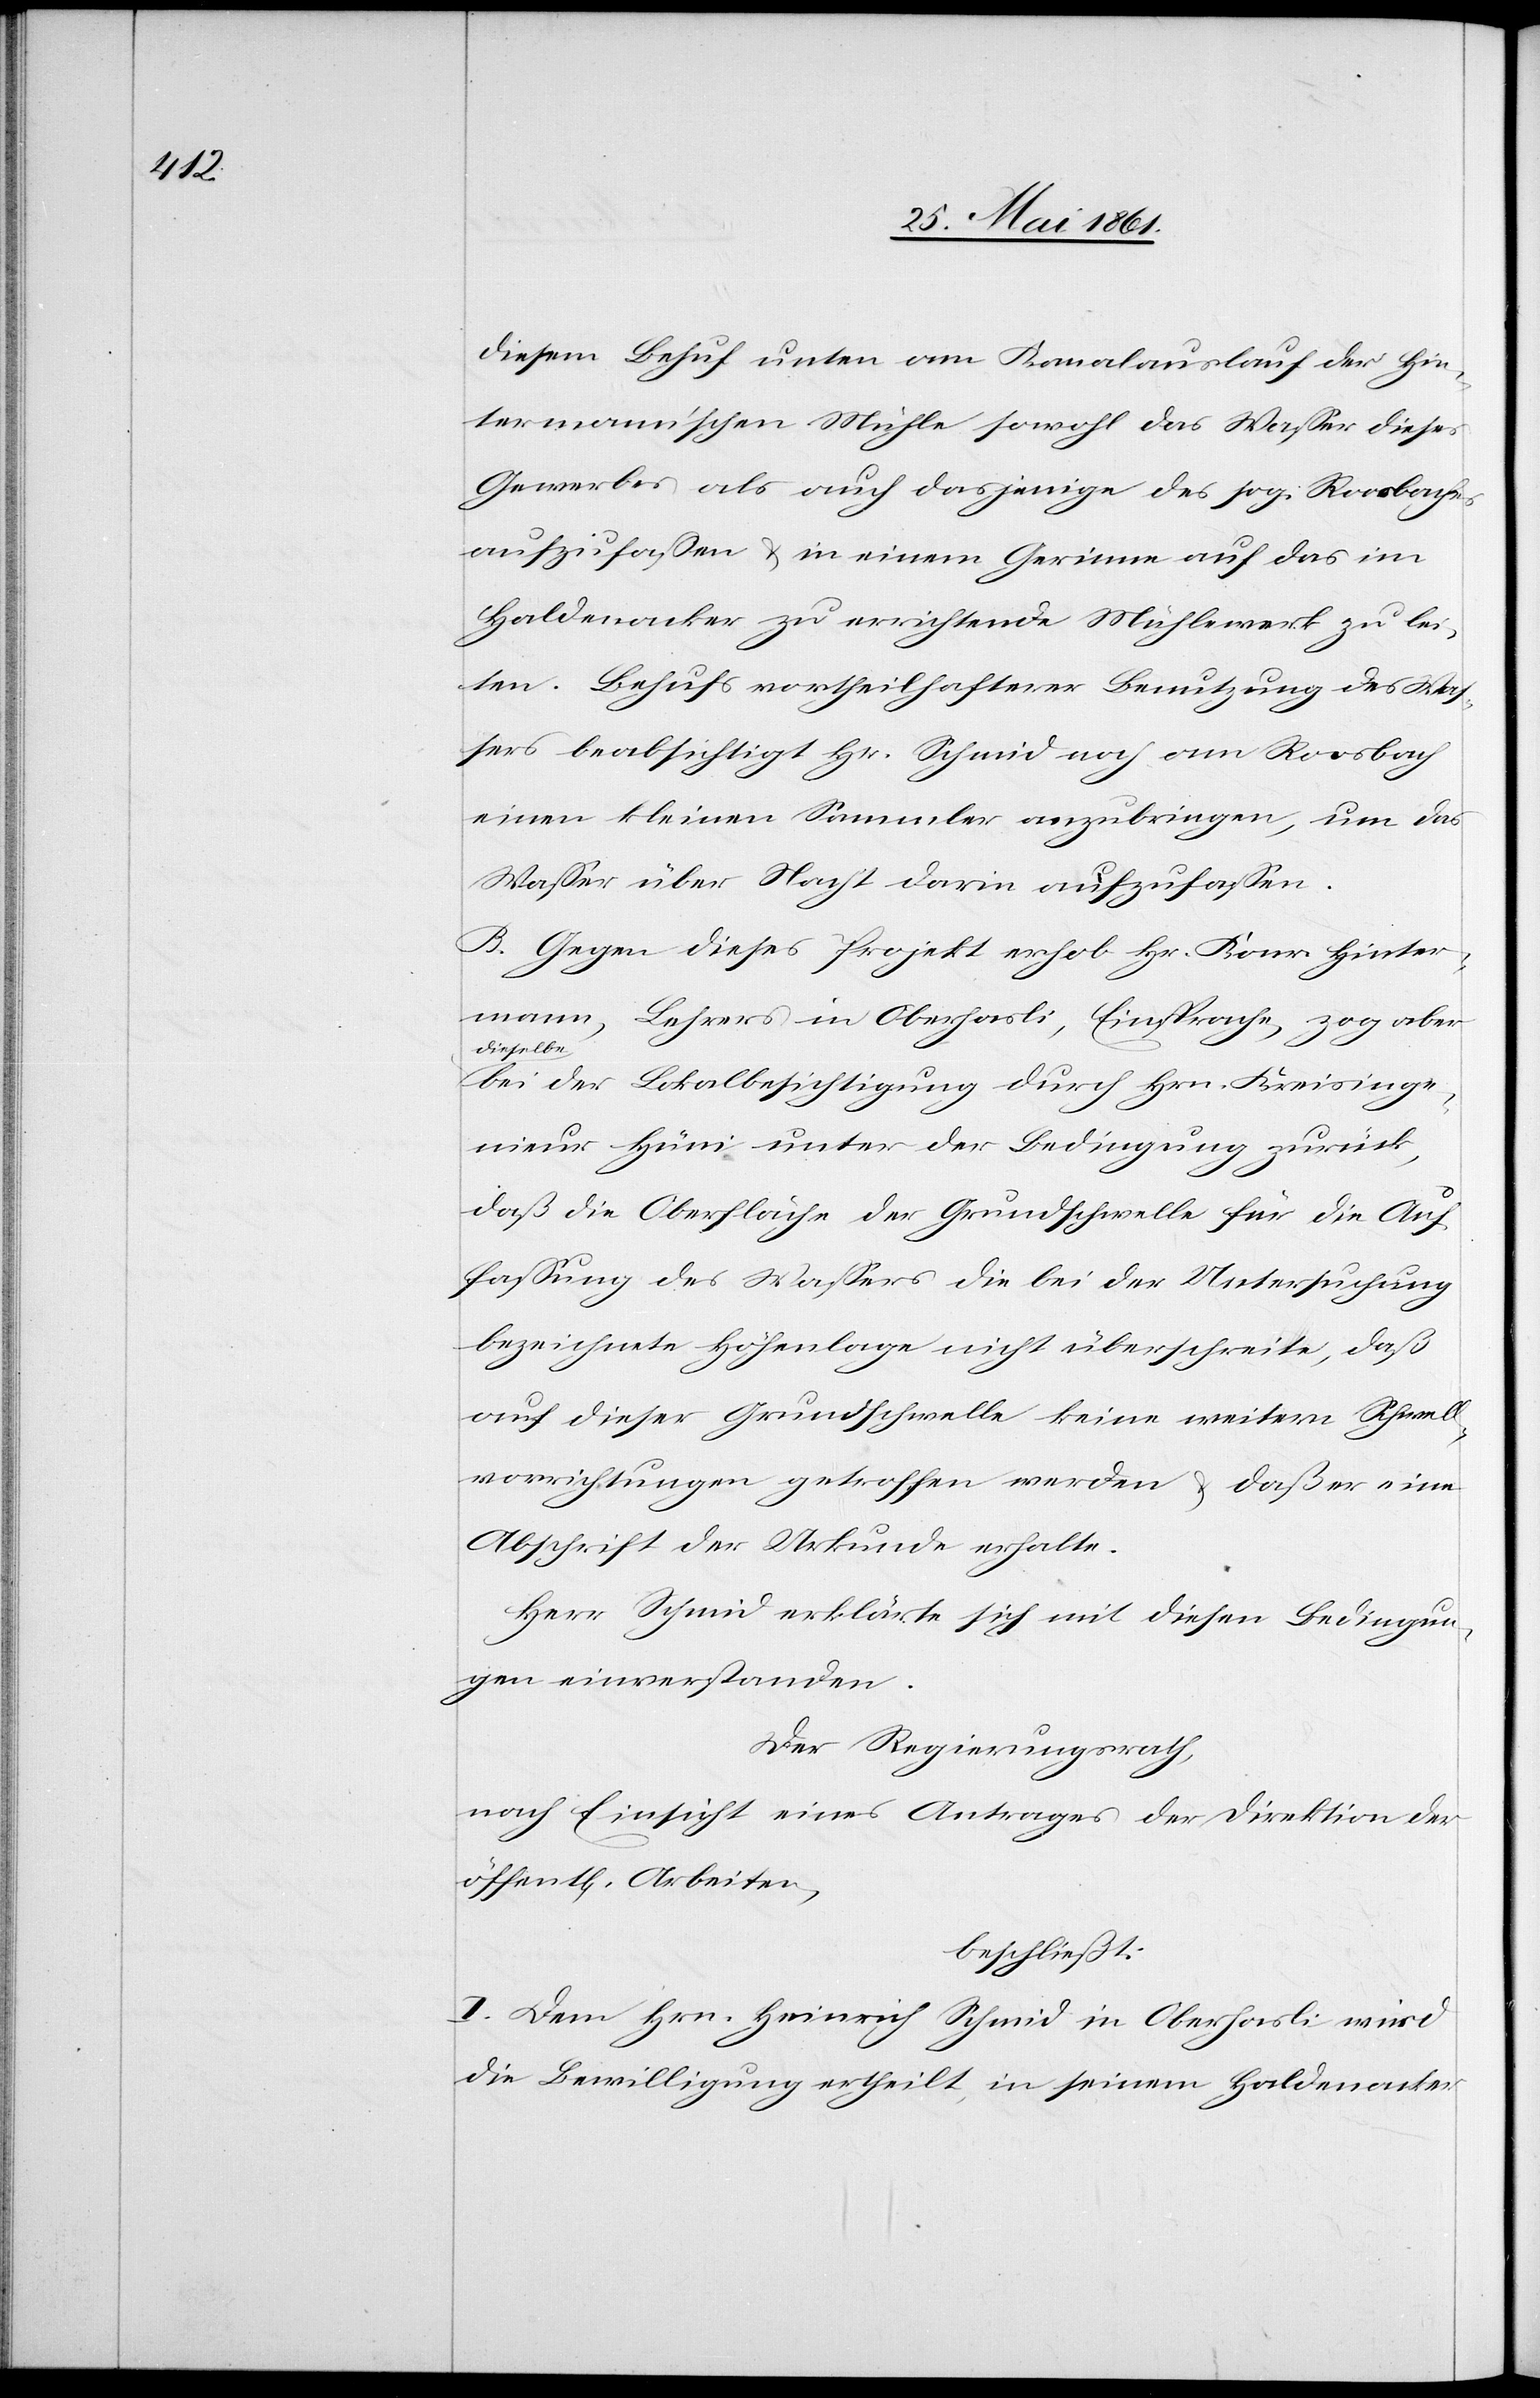
diesem Behuf unten am Kanalauslauf der Hin¬
termann’schen Mühle sowohl das Wasser dieses
Gewerbes als auch dasjenige des sog. Roosbaches
aufzufassen u. in einem Gerinne auf das im
Haldenacker zu errichtende Mühlewerk zu lei¬
ten. Behufs vortheilhafterer Benutzung des Was¬
sers beabsichtigt Hr. Schmid noch am Roosbach
einen kleinen Sammler anzubringen, um das
Wasser über Nacht darin aufzufassen.
B. Gegen dieses Projekt erhob Hr. Konr. Hinter¬
mann, Lehrers in Oberhasli, Einsprache, zog aber
dieselbe
bei der Lokalbesichtigung durch Hrn. Kreisinge¬
nieur Hüni unter der Bedingung zurück,
daß die Oberfläche der Grundschwelle für die Auf¬
fassung des Wassers die bei der Untersuchung
bezeichnete Höhenlage nicht überschreite, daß
auf dieser Grundschwelle keine weitern Schwell¬
vorrichtungen getroffen werden u. daß er eine
Abschrift der Urkunde erhalte.
Herr Schmid erklärte sich mit diesen Bedingun¬
gen einverstanden.
Der Regierungsrath,
nach Einsicht eines Antrages der Direktion der
beschließt:
I. Dem Hrn. Heinrich Schmid in Oberhasli wird
die Bewilligung ertheilt, in seinem Haldenacker